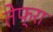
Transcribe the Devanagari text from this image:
तेफ्रा